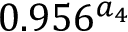
0 . 9 5 6 ^ { a _ { 4 } }